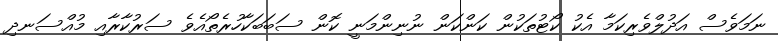
ނަމަވެސް އަދުލްވެރިކަމާ އެކު ކޯޓުތަކުން ކަންކަން ނުނިންމަނީ ކޮން ސަބަބަކާހުރެތޯއެވެ ސަރުކާރާއި މުއްސަނދި